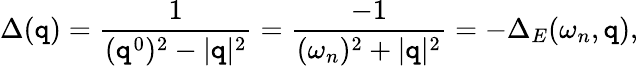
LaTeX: \Delta(\mathtt{q})=\frac{{1}}{{(\mathtt{q}^{0})^{2}-|\mathtt{q}|^{2}}}=\frac{{-1}}{{(\omega_{n})^{2}+|\mathtt{q}|^{2}}}=-\Delta_{E}(\omega_{n},\mathtt{q}),